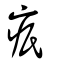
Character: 疧